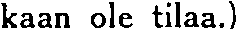
kaan ole tilaa.)